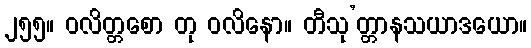
၂၅၅။ ဝလိတ္တစော တု ဝလိနော။ တီသု’တ္တာနသယာဒယော။